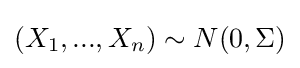
(X_{1},...,X_{n})\sim N(0,\Sigma )